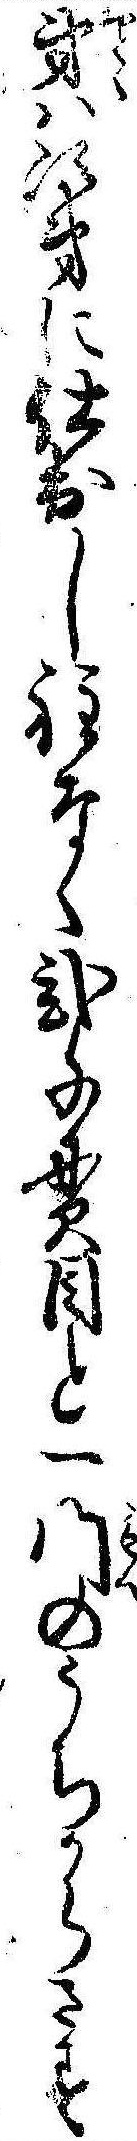
弟は次第に仕出し程なく弐千貫目と一門のうちからさす